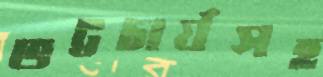
ভট্টচার্যসহ